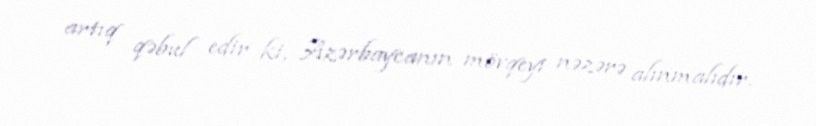
artıq qəbul edir ki, Azərbaycanın mövqeyi nəzərə alınmalıdır.